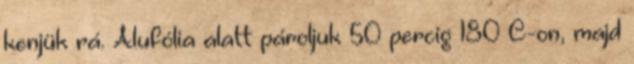
kenjük rá. Alufólia alatt pároljuk 50 percig 180°C-on, majd